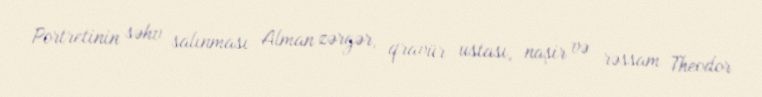
Portretinin səhv salınması Alman zərgər, qravür ustası, naşir və rəssam Theodor